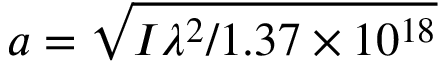
a = \sqrt { I \lambda ^ { 2 } / 1 . 3 7 \times 1 0 ^ { 1 8 } }